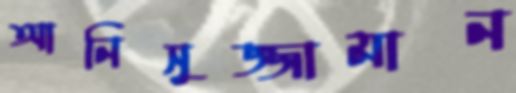
আনিসুজ্জামান